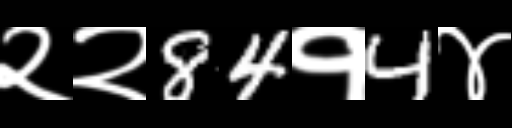
Text: २२84१4४